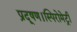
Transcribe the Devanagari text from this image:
प्रदूषण।स्पिरोमेट्री